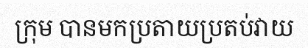
ក្រុម បានមកប្រតាយប្រតប់វាយ